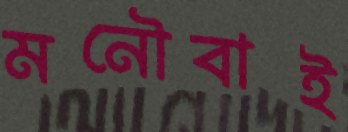
মনৌবাই